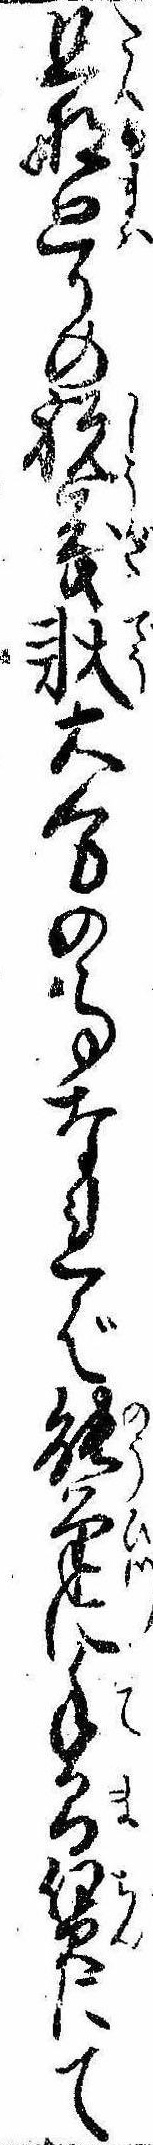
旦那廻りの祝義状大分の事なれば能筆に手間賃にて